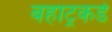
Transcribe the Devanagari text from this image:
बहाट्रकडे